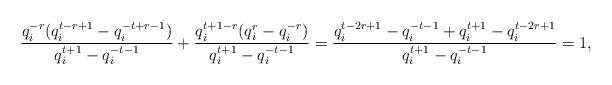
LaTeX: \begin{align*} \frac{q_i^{-r}(q_i^{t-r+1}-q_i^{-t+r-1})}{q_i^{t+1}-q_i^{-t-1}} + \frac{q_i^{t+1-r}(q_i^{r}-q_i^{-r})}{q_i^{t+1}-q_i^{-t-1}} = \frac{q_i^{t-2r+1}-q_i^{-t-1}+q_i^{t+1}-q_i^{t-2r+1}}{q_i^{t+1}-q_i^{-t-1}}=1,\end{align*}